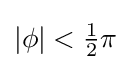
|\phi |<{\tfrac {1}{2}}\pi